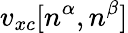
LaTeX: v_{xc}[n^{\alpha},n^{\beta}]